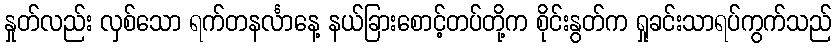
နှုတ်လည်း လှစ်သော ရက်တနင်္လာနေ့ နယ်ခြားစောင့်တပ်တို့က စိုင်းနွတ်က ရှုခင်းသာရပ်ကွက်သည်